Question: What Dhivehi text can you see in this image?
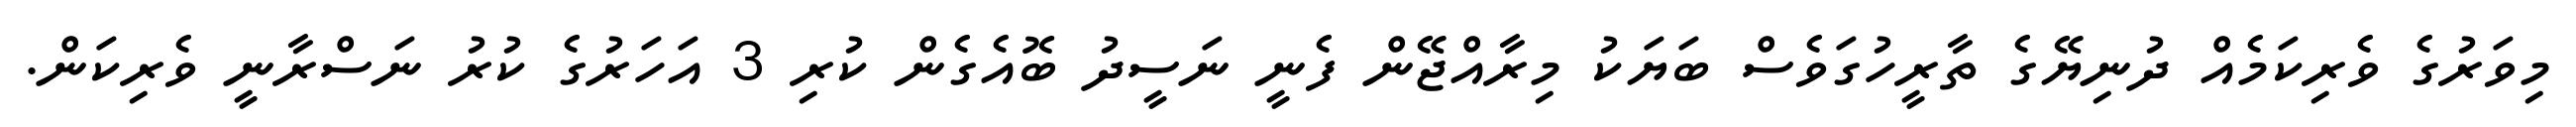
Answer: މިވަރުގެ ވެރިކަމެއް ދުނިޔޭގެ ތާރީހުގަވެސް ބަޔަކު މިރާއްޖޭން ފެނީ ނަސީދު ބޮއެގެން ކުރި 3 އަހަރުގެ ކުރު ނަސްރާނީ ވެރިކަން.